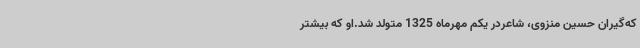
که‌گیران حسین منزوی، شاعردر یکم مهرماه 1325 متولد شد.او که بیشتر